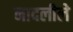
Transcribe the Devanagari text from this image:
नादलीले